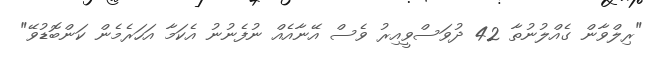
"ރިލްވާން ގެއްލުނުތާ 42 ދުވަސްވީއިރު ވެސް އޭނާއެއް ނުފެނުނު އެކަމާ އަހަރެމެން ކަންބޮޑުވޭ"